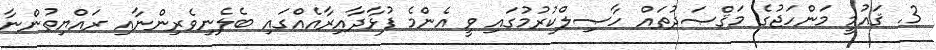
3. ޤައުމީ މަންހަޖުގެ މަޤްޞަދުތައް ހާޞިލްކުރުމުގައި ވީ އެންމެ ފުޅާދާއިރާއެއްގައި ބެލެނިވެރިންނާއި ރައްޔިތުންނާ